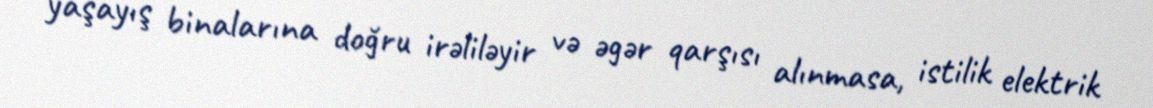
yaşayış binalarına doğru irəliləyir və əgər qarşısı alınmasa, istilik elektrik